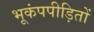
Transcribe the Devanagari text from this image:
भूकंपपीड़ितों